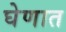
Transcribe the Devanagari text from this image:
घेणात